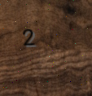
2